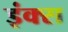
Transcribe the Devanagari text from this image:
इंक्स